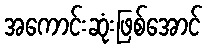
အကောင်းဆုံးဖြစ်အောင်